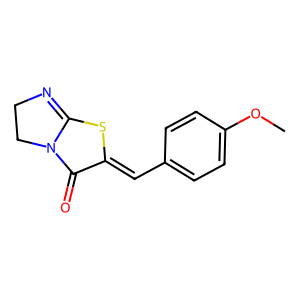
SMILES: COc1ccc(C=c2sc3n(c2=O)CCN=3)cc1
Inhibits HIV replication: No